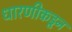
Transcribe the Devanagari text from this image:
धारणीकडून